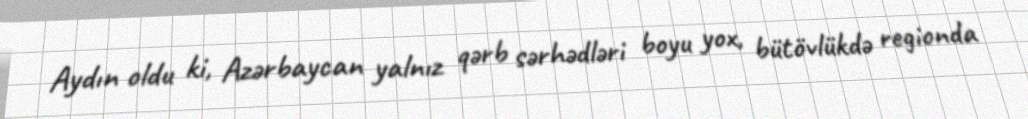
Aydın oldu ki, Azərbaycan yalnız qərb sərhədləri boyu yox, bütövlükdə regionda